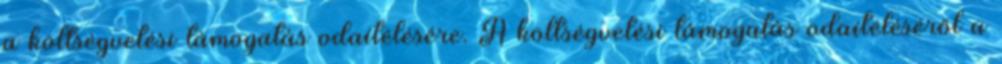
a költségvetési támogatás odaítélésére. A költségvetési támogatás odaítéléséről a